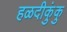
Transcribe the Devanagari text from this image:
हळदीकुंकु